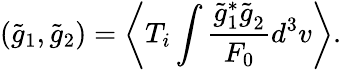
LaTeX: (\tilde{g}_{1},\tilde{g}_{2})=\left\langle T_{i}\int\frac{\tilde{g}_{1}^{\ast}\tilde{g}_{2}^{}}{F_{0}}d^{3}v\right\rangle.